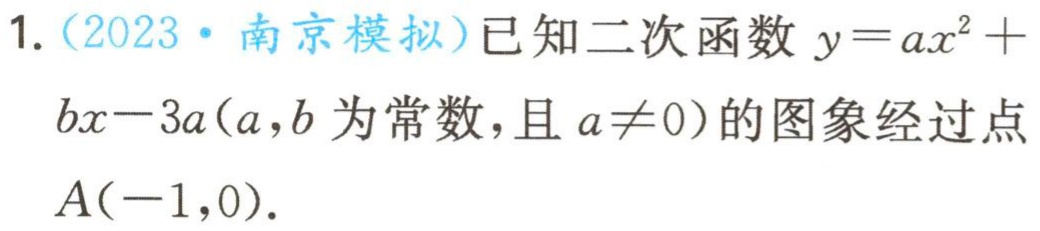
1.（2023·南京模拟）已知二次函数\(y = ax^{2}+bx - 3a(a,b\)为常数，且\(a\neq0)\)的图象经过点\(A(-1,0)\).